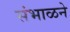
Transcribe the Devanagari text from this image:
संभाळने